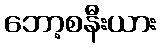
ဘော့စနီးယား